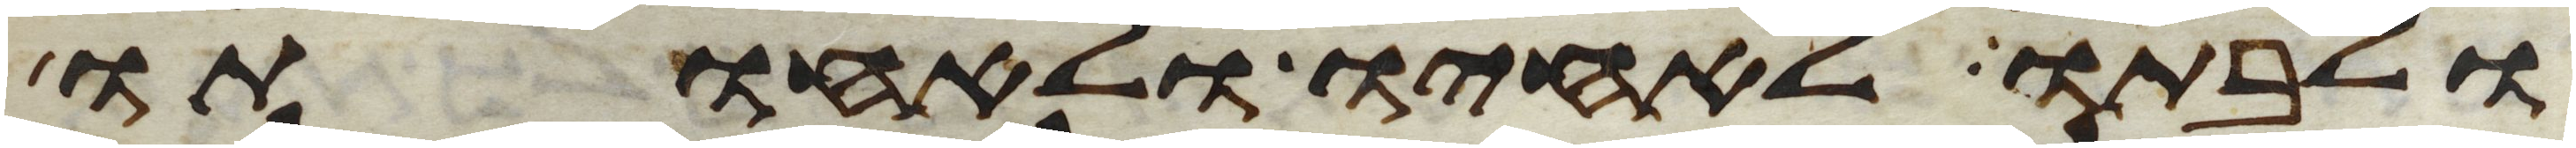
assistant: ולבתו לאחיו ולאחותו